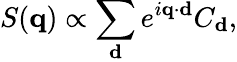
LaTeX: S(\mathbf{q})\propto\sum_{\mathbf{d}}e^{i\mathbf{q}\cdot\mathbf{d}}C_{\mathbf{d}},